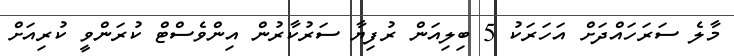
މާލެ ސަރަހައްދަށް އަހަރަކު 5 ބިލިއަން ރުފިޔާ ސަރުކާރުން އިންވެސްޓް ކުރަންވީ ކުރިއަށް